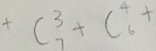
+ C _ { 7 } ^ { 3 } + C _ { 6 } ^ { 4 } +